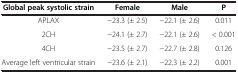
| Global peak systolic strain | Female | Male | P |
 | --- | --- | --- | --- |
 | APLAX | -23.3 (± 2.5) | -22.1 (± 2.6) | 0.011 |
 | 2CH | -24.1 (± 2.7) | -22.1 (± 2.6) | < 0.001 |
 | 4CH | -23.5 (± 2.7) | -22.7 (± 2.8) | 0.126 |
 | Average left ventricular strain | -23.6 (± 2.1) | -22.3 (± 2.2) | 0.001 |